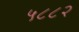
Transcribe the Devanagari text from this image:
५८८२